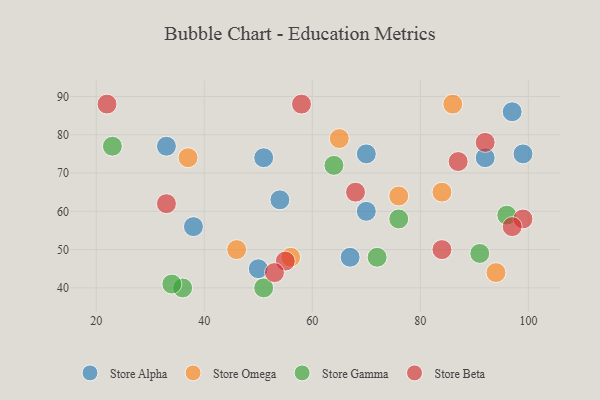
{"axis": {"x": "GDP", "y": "Life Expectancy"}, "legend": ["Store Alpha", "Store Beta", "Store Gamma", "Store Omega"], "data": [{"x": "67", "y": 48, "type": "Store Alpha"}, {"x": "51", "y": 74, "type": "Store Alpha"}, {"x": "97", "y": 86, "type": "Store Alpha"}, {"x": "50", "y": 45, "type": "Store Alpha"}, {"x": "33", "y": 77, "type": "Store Alpha"}, {"x": "70", "y": 75, "type": "Store Alpha"}, {"x": "92", "y": 74, "type": "Store Alpha"}, {"x": "70", "y": 60, "type": "Store Alpha"}, {"x": "54", "y": 63, "type": "Store Alpha"}, {"x": "38", "y": 56, "type": "Store Alpha"}, {"x": "99", "y": 75, "type": "Store Alpha"}, {"x": "56", "y": 48, "type": "Store Omega"}, {"x": "65", "y": 79, "type": "Store Omega"}, {"x": "46", "y": 50, "type": "Store Omega"}, {"x": "84", "y": 65, "type": "Store Omega"}, {"x": "37", "y": 74, "type": "Store Omega"}, {"x": "76", "y": 64, "type": "Store Omega"}, {"x": "94", "y": 44, "type": "Store Omega"}, {"x": "86", "y": 88, "type": "Store Omega"}, {"x": "64", "y": 72, "type": "Store Gamma"}, {"x": "76", "y": 58, "type": "Store Gamma"}, {"x": "23", "y": 77, "type": "Store Gamma"}, {"x": "72", "y": 48, "type": "Store Gamma"}, {"x": "91", "y": 49, "type": "Store Gamma"}, {"x": "96", "y": 59, "type": "Store Gamma"}, {"x": "36", "y": 40, "type": "Store Gamma"}, {"x": "51", "y": 40, "type": "Store Gamma"}, {"x": "34", "y": 41, "type": "Store Gamma"}, {"x": "55", "y": 47, "type": "Store Beta"}, {"x": "99", "y": 58, "type": "Store Beta"}, {"x": "68", "y": 65, "type": "Store Beta"}, {"x": "92", "y": 78, "type": "Store Beta"}, {"x": "84", "y": 50, "type": "Store Beta"}, {"x": "53", "y": 44, "type": "Store Beta"}, {"x": "58", "y": 88, "type": "Store Beta"}, {"x": "87", "y": 73, "type": "Store Beta"}, {"x": "97", "y": 56, "type": "Store Beta"}, {"x": "22", "y": 88, "type": "Store Beta"}, {"x": "33", "y": 62, "type": "Store Beta"}]}